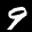
Label: 9